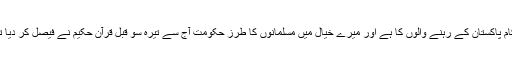
یہ کام پاکستان کے رہنے والوں کا ہے اور میرے خیال میں مسلمانوں کا طرز حکومت آج سے تیرہ سو قبل قرآن حکیم نے فیصل کر دیا تھا"۔